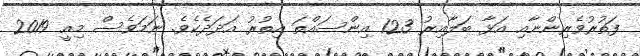
ފަތުރުވެރިންނާއި އަޅާ ބަލާއިރު 123 އިންސައްތަ އިތުރު އަދަދެކެވެ. ނަމަވެސް މިއީ 2019